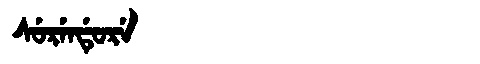
Manchu: ᠰᡠᡵᡝᠨᡩᡠᡵᡝ
Romanization: SURENDURE